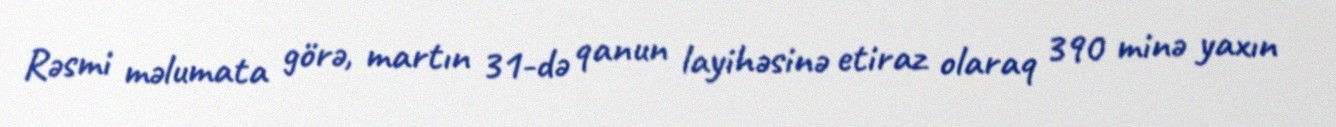
Rəsmi məlumata görə, martın 31-də qanun layihəsinə etiraz olaraq 390 minə yaxın